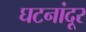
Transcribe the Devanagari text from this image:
घटनांदूर